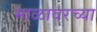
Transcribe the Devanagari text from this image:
माळावरच्या